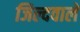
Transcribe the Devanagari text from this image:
जिल्दवाले